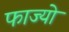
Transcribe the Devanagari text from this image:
फाज्यो